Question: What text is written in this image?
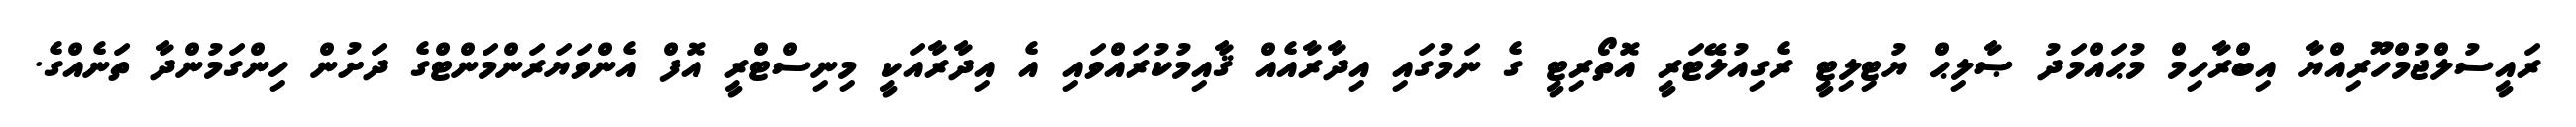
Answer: ރައީސުލްޖުމްހޫރިއްޔާ އިބްރާހިމް މުޙައްމަދު ޞާލިޙް ޔުޓިލިޓީ ރެގިއުލޭޓަރީ އޮތޯރިޓީ ގެ ނަމުގައި އިދާރާއެއް ޤާއިމުކުރައްވައި އެ އިދާރާއަކީ މިނިސްޓްރީ އޮފް އެންވަޔަރަންމަންޓްގެ ދަށުން ހިންގަމުންދާ ތަނެއްގެ.